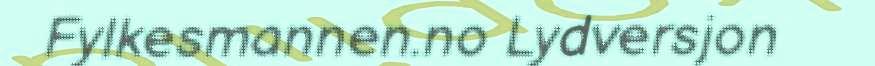
Fylkesmannen.no Lydversjon